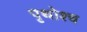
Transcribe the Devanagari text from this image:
पृथोश्च